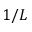
1 / L